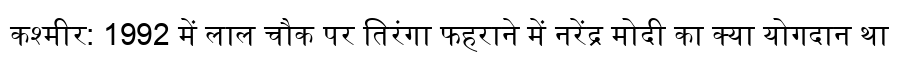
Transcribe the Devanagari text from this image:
कश्मीर: 1992 में लाल चौक पर तिरंगा फहराने में नरेंद्र मोदी का क्या योगदान था